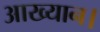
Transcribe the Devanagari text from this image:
आख्यान।